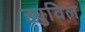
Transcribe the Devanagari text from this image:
ड्युविल